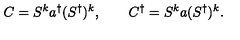
C = S ^ { k } a ^ { \dagger } ( S ^ { \dagger } ) ^ { k } , \qquad C ^ { \dagger } = S ^ { k } a ( S ^ { \dagger } ) ^ { k } .